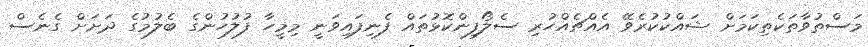
މަސްތުވާތަކެތިކަމަށް ޝައްކުކުރެވޭ އެއްޗެއްހުރި ސެލޯފިންކޮޅުތައް ފެނިފައިވަނީ މިމީހާ ފުލުހުންގެ ބެލުމުގެ ދަށަށް ގެނެސް